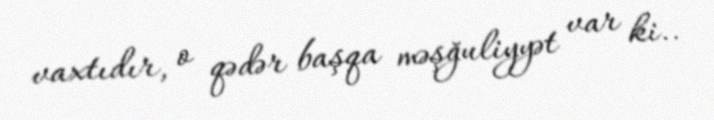
vaxtıdır, o qədər başqa məşğuliyyət var ki..